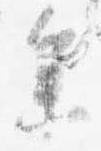
参